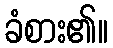
ခံစား၏။